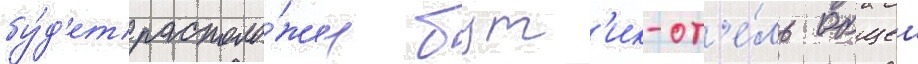
бу́д'ет располо́жен бут'ик-от'е́ль общеи